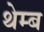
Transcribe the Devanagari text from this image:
थेम्ब